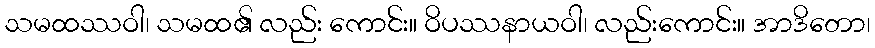
သမထဿဝါ၊ သမထ၏ လည်း ကောင်း။ ဝိပဿနာယဝါ၊ လည်းကောင်း။ အာဒိတော၊